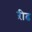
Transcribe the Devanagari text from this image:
ऱीढ